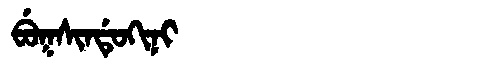
Manchu: ᠪᡠᡴᠰᡳᠨᡩᡠᡴᡳᠨᡳ
Romanization: BUKSINDUKINI